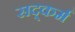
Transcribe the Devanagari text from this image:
सद्कर्म